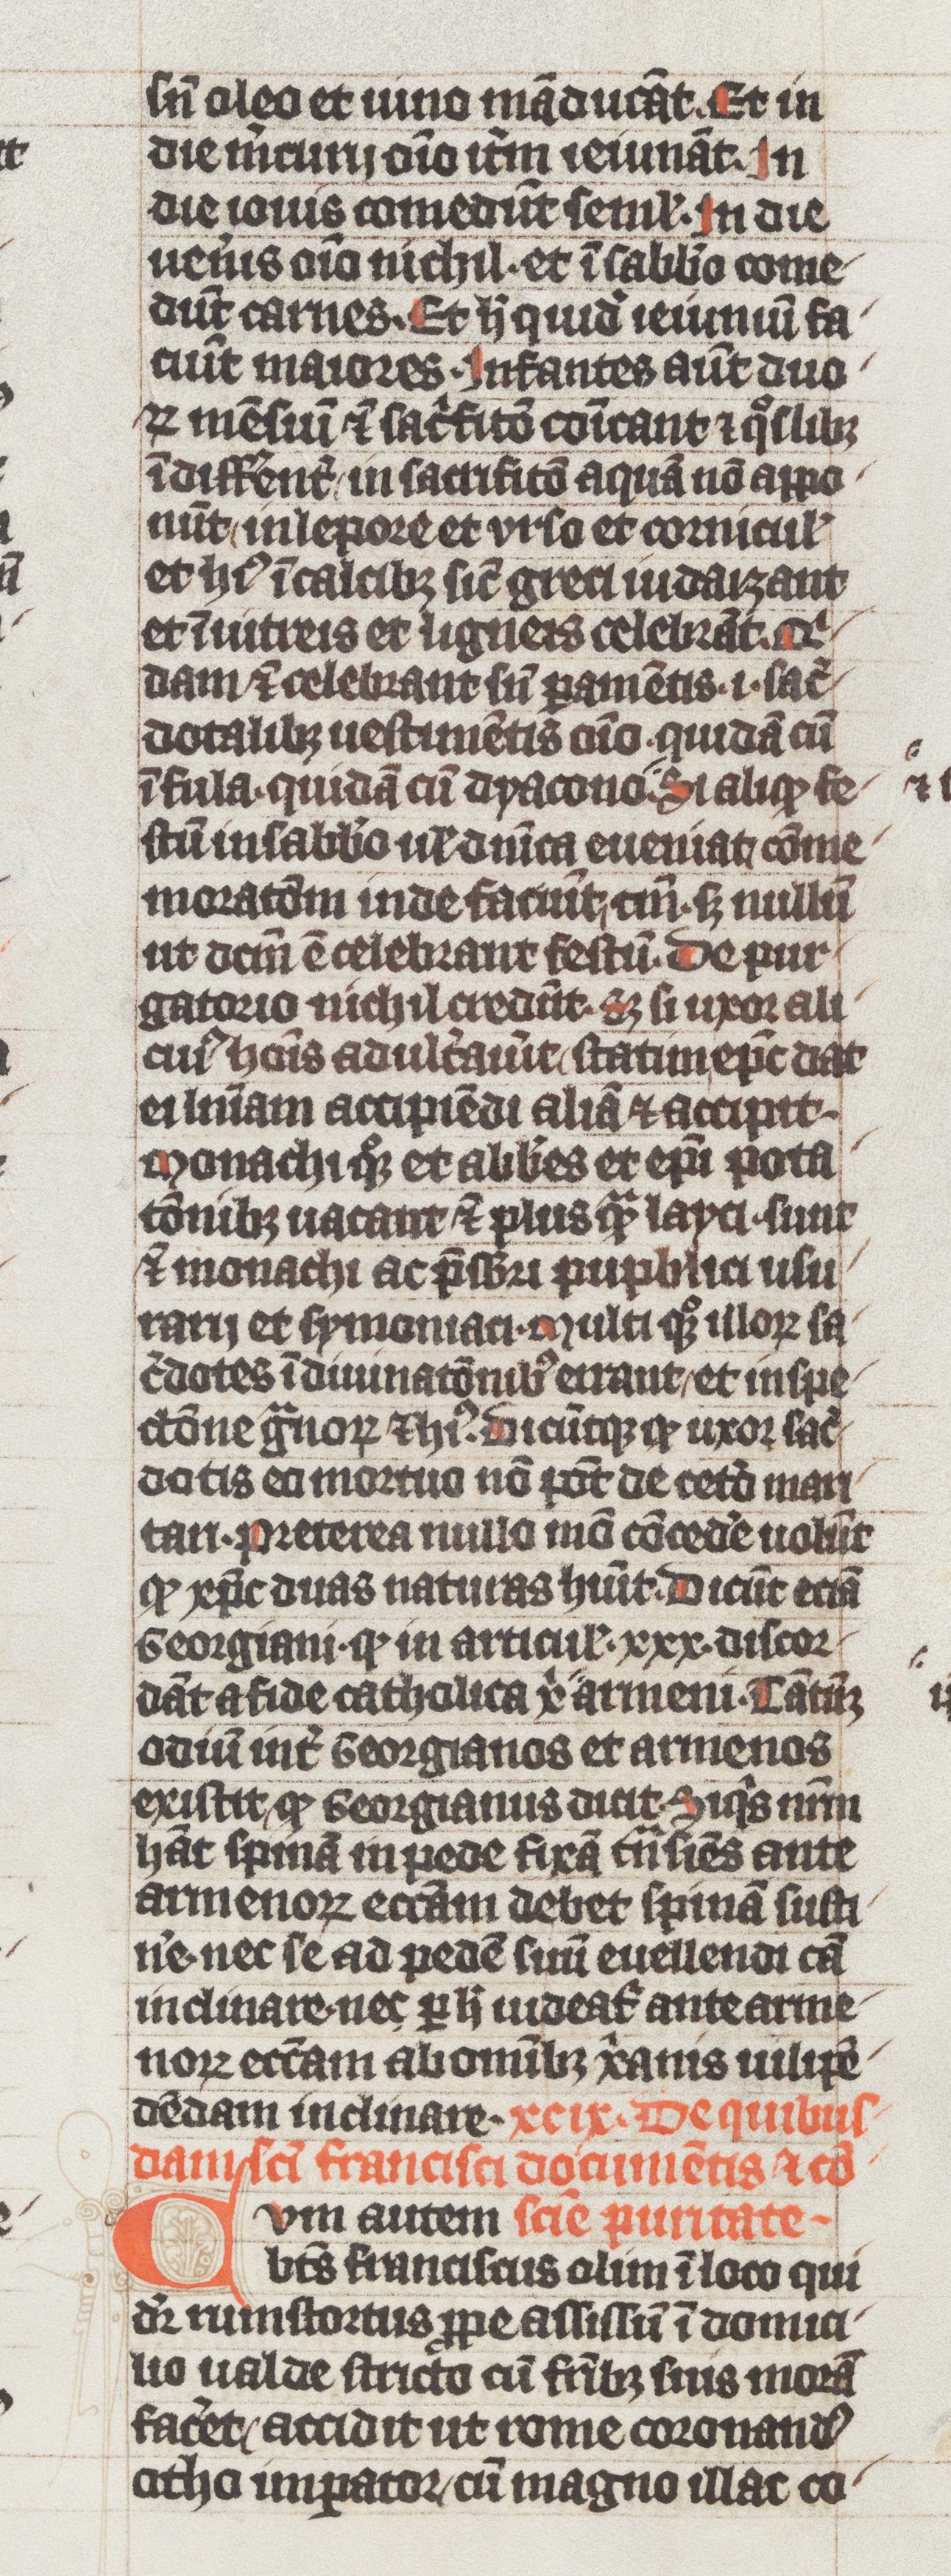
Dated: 1339–1340